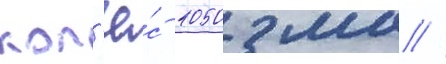
кол'ё́с 1050 мм //